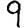
Digit: 9